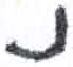
אות: נ